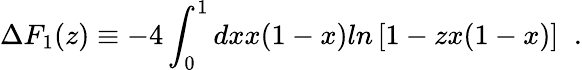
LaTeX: \Delta F_{1}(z)\equiv-4\int_{0}^{1}dxx(1-x)ln\left[1-zx(1-x)\right]\; \; .